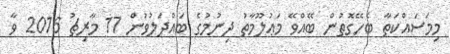
މިމަސައްކަތާ ބެހޭގޮތުން ބޭއްވޭ މަޢުލޫމާތު ދިނުމުގެ ބައްދަލުވުން 17 މާރިޗު 2016 ވާ